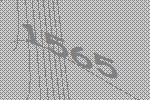
1565